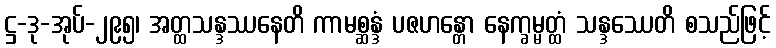
ဋ္ဌ-ဒု-အုပ်-၂၉၅၊ အတ္ထသန္ဒဿနေတိ ကာမစ္ဆန္ဒံ ပဇဟန္တော နေက္ခမ္မတ္ထံ သန္ဒဿေတိ စသည်ဖြင့်